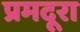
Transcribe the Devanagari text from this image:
प्रमदूरा